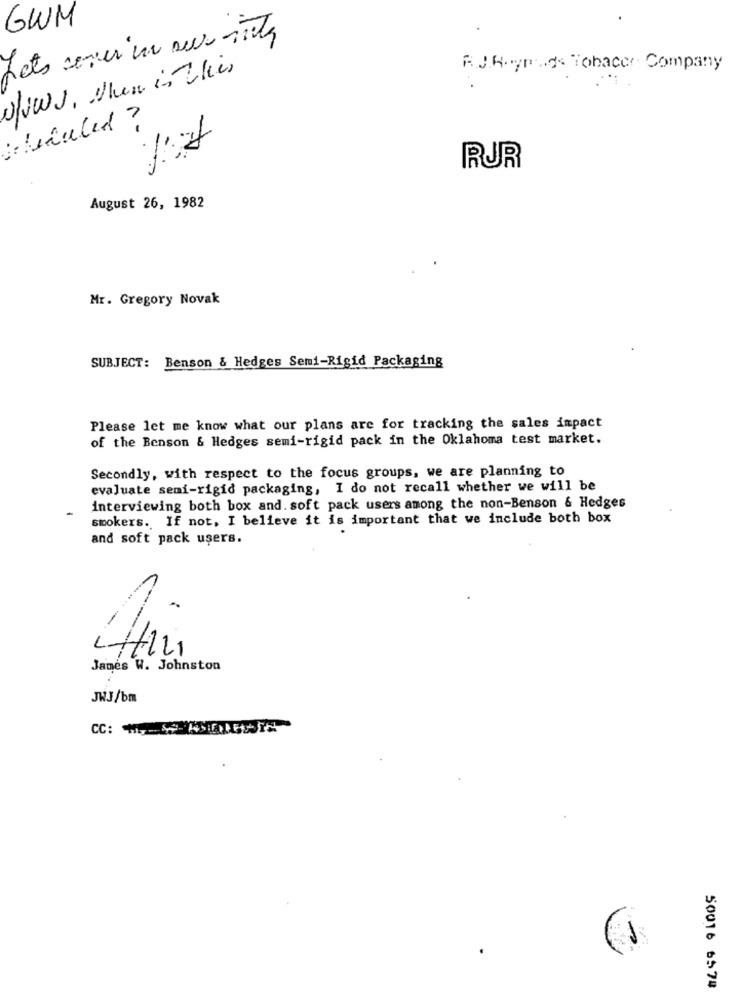
GWM
slows. When is This
R.J.H. yruds Tohacer Company
RUR
August 26, 1982
Mr. Gregory Novak
SUBJECT: Benson & Hedges Semi-Rigid Packaging
Please let me know what our plans are for tracking the sales impact
of the Benson & Hedges semi-rigid pack in the Oklahoma test market.
Secondly, with respect to the focus groups, we are planning to
evaluate semi-rigid packaging, I do not recall whether we will be
interviewing both box and. soft pack users among the non-Benson & Hedges
smokers. If not, I believe it is important that we include both box
and soft pack users.
LILLI
James W. Johnston
JWJ/bm
50016 6574